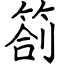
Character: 劄